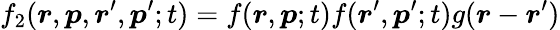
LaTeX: f_{2}(\boldsymbol{r},\boldsymbol{p},\boldsymbol{r}^{\prime},\boldsymbol{p}^{\prime};t)=f(\boldsymbol{r},\boldsymbol{p};t)f(\boldsymbol{r}^{\prime},\boldsymbol{p}^{\prime};t)g(\boldsymbol{r}-\boldsymbol{r}^{\prime})